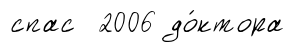
спас 2006 до́ктора